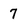
Character: 7